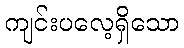
ကျင်းပလေ့ရှိသော